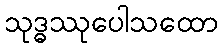
သုဒ္ဓဿုပေါသထော